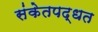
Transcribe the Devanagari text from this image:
संकेतपद्धत